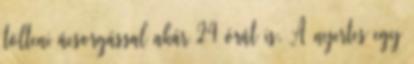
tölteni ácsorgással akár 24 órát is. A nyertes egy